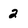
Character: 2